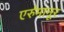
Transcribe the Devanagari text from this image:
एर्रुमानूर